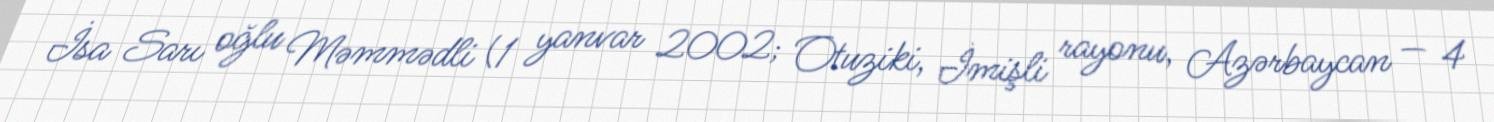
İsa Sarı oğlu Məmmədli (1 yanvar 2002; Otuziki, İmişli rayonu, Azərbaycan — 4